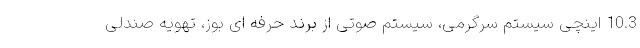
10.3 اینچی سیستم سرگرمی، سیستم صوتی از برند حرفه ای بوز، تهویه صندلی